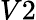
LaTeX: V2